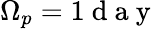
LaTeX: \Omega_{p}=1\mathrm{~d~a~y~}